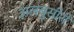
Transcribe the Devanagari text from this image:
अलबुसीरी